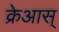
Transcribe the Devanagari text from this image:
क्रेआस्